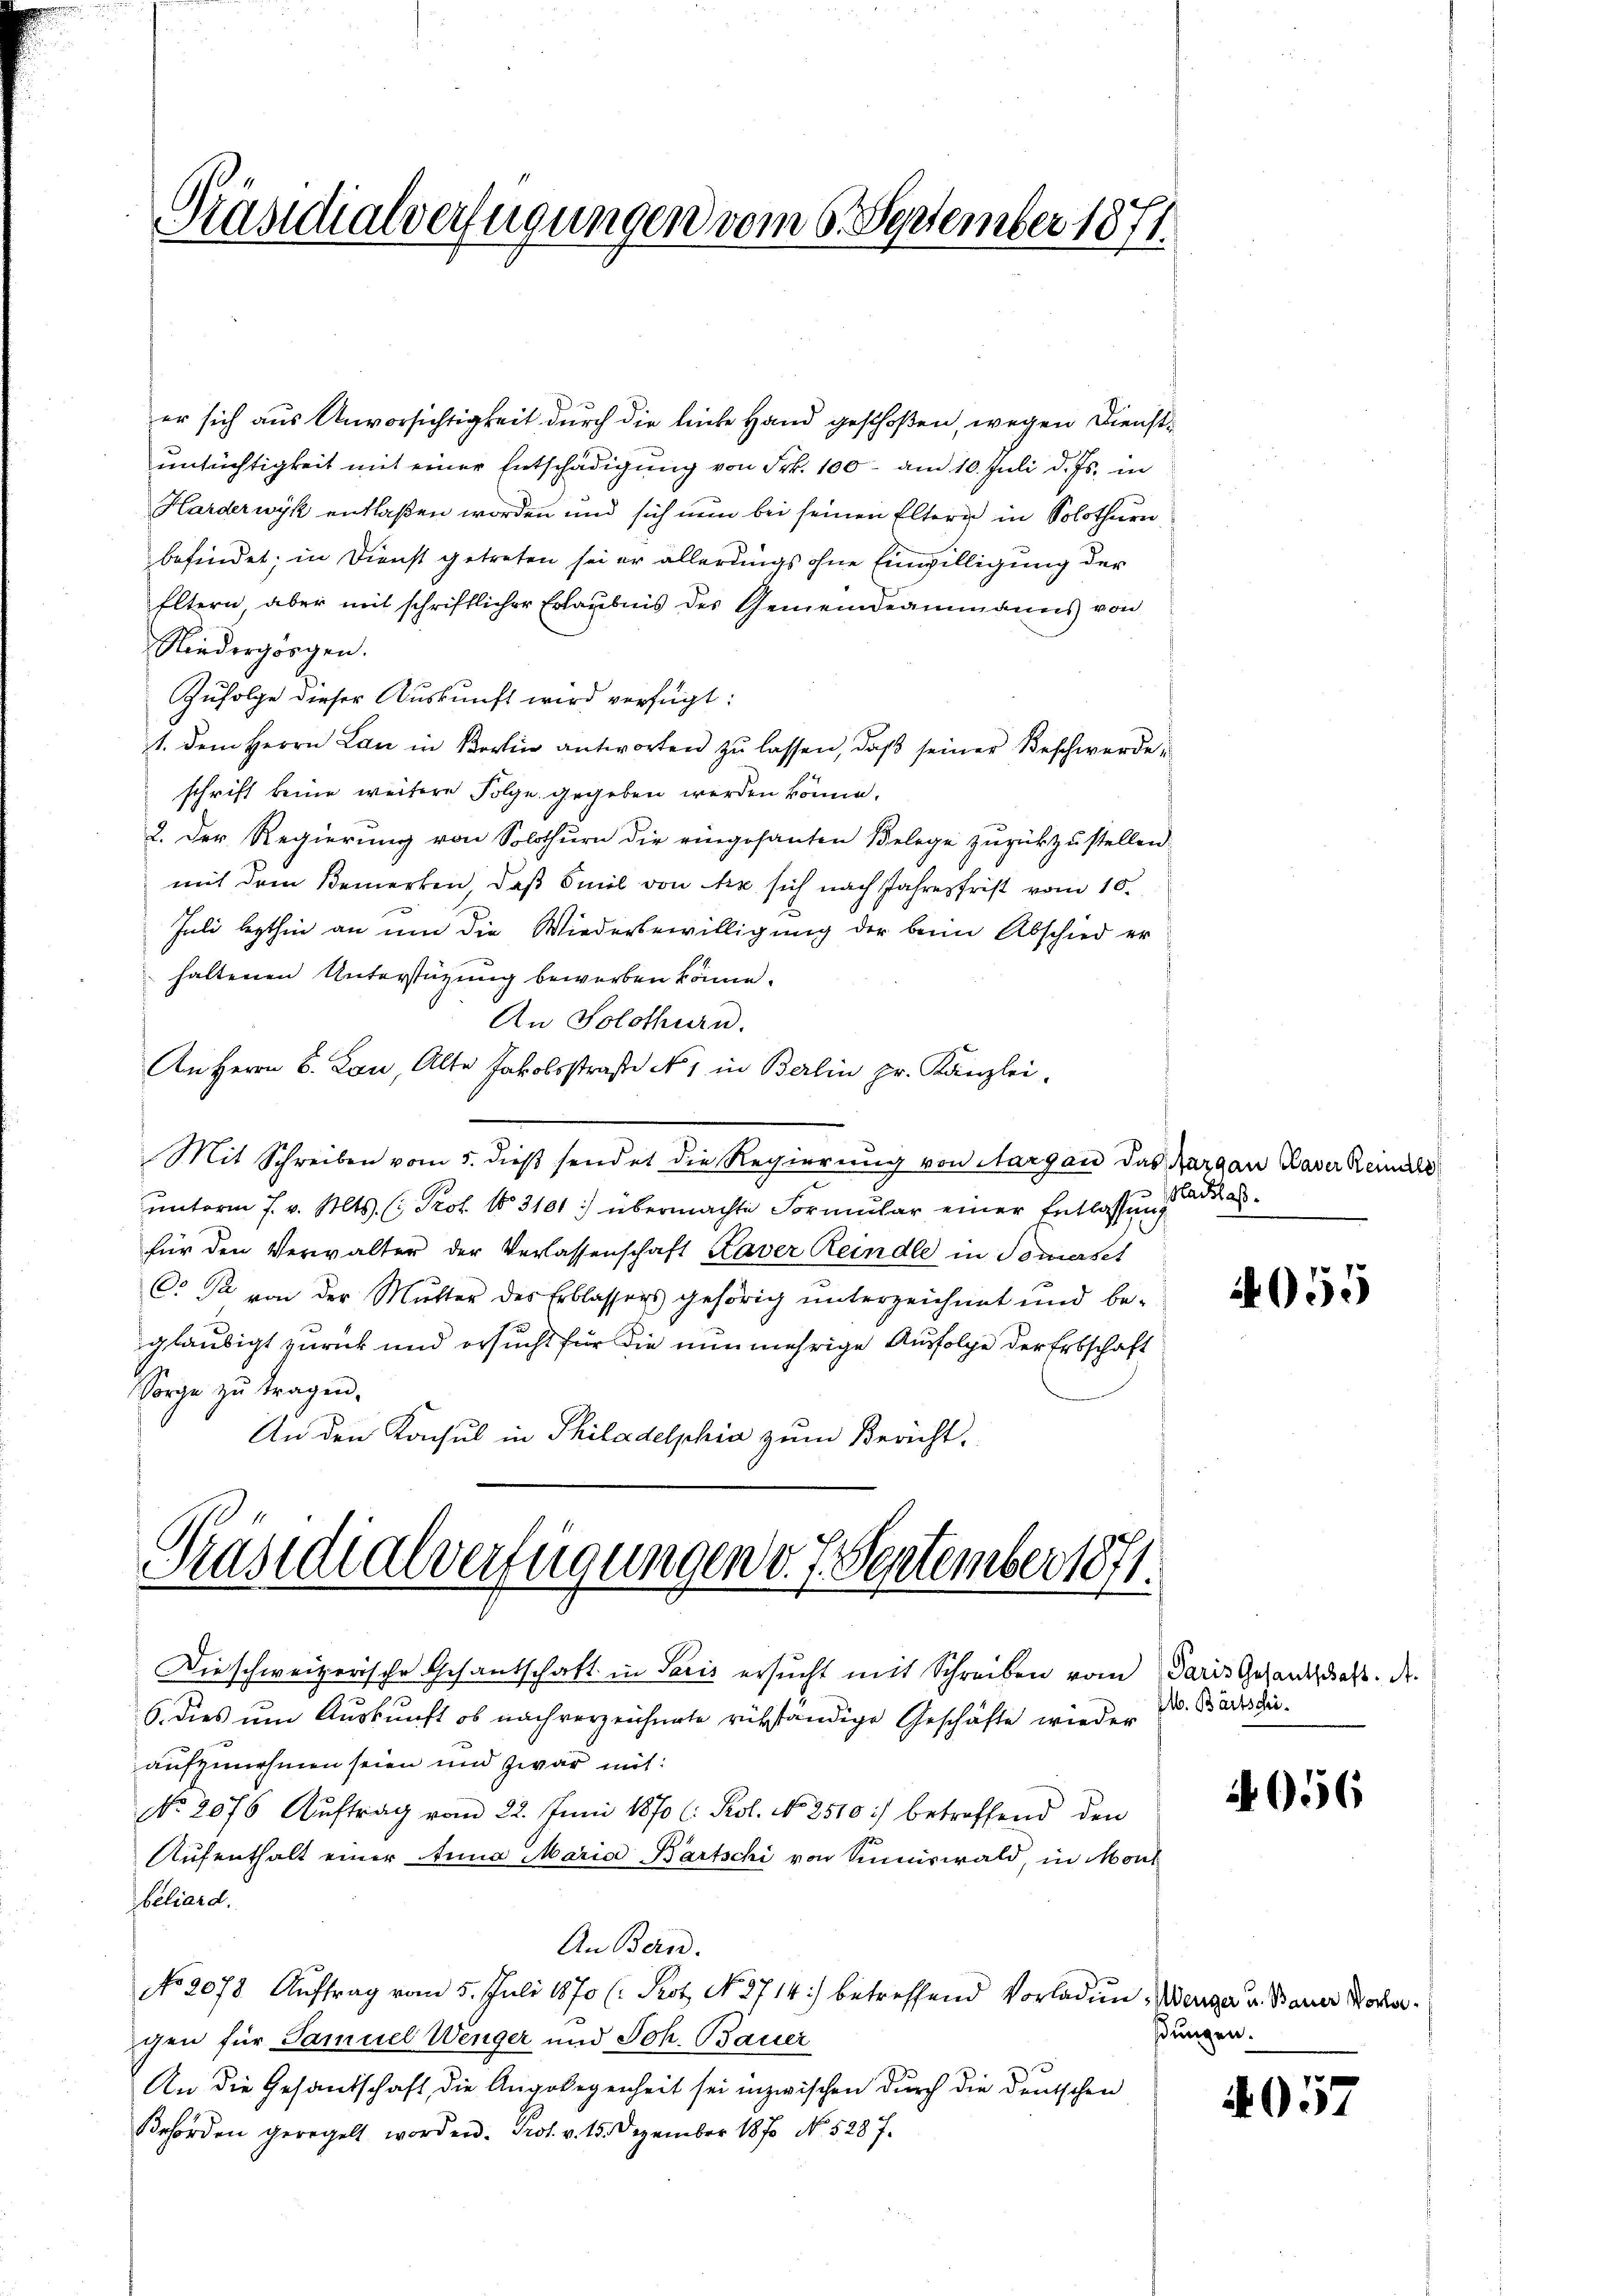
Präsidialverfügungen vom 6. September 1871

er sich aus Unvorsichtigkeit durch die leiche Hand geschoßen, wegen Dienstuntüchtigkeit mit einer Entschädigung von Frk. 100 - am 10. Juli d. Js. in
Harderwyk entlaßen worden und sich nun bei seinen Eltern in Solothurn,
befindet; in Dienst getreten sei er allerdings ohne Einwilligung der
Eltern aber mit schriftlicher Erlaubnis des Gemeindeammanns von
Niedergörgen.
Zufolge dieser Auskunft wird verfügt:
st. Dem Herrn Lan in Korin antworten zŭ lassen, daβ seiner Beschwerde,
schrift keine weitere Folge gegeben werden könne.
2. Der Regierung von Solothurn die eingesanten Belege zurükzustellen.
mit dem Bemerken, daß Emil von de sich nach Jahresfrist vom 10.
Juli lezthin an um die Wiederbewilligung der beim Abschied er
haltenen Unterstüzung bewerben könne.
An Solothurn.
An Herrn B. Lon, Alte Jakobsstraße No 1 in Berlin pr. Kanzlei-
Mit Schreiben vom 5. dieß sendet die Regierung von Aargau das Aargau Kaver Remild
unterm 7. v. Mts. (: Prof. No 3101) übermachte Formular einer Entlassung de
für den Verwalter der Verlassenschaft Kaver Reindle in Somerset
C. Da von der Mutter des Erblassers gehörig unterzeichnet und be-
gläubigt zurück und ersucht für die nunmehrige Ausfolge der Erbschaft
Sorge zŭ tragen.
An den Konsul in Philadelphia zum Bericht.

Präsidialverfügungen v. J. September 1871.

Die schweizerische Gesantschaft in Paris ersucht mit Schreiben vom Paris Gesandtschaft. Dr.
6. dies um Auskunft ob nach vorzeichnete rükständige Geschäfte wieder
aufzunehmen seien und zwar mit:
No. 2076 Aŭftrag vom 22. Juni 1870 l. Kol. No 2510:) betreffend den
Aufenthalt einer Anna Maria Bartschi von Summiswald, in Mont
beliard.
An Bern.
No 2078. Auftrag vom 5. Juli 1870 (Kot. No. 3714) betreffend Vorladen, Wange u. Bauer Kochergen für Samuel Wenger und Joh. Bauer
An die Gesandschaft die Angelegenheit sei inzwischen durch die Deutschen
Behörden geregelt worden. Prot. v. 15. Dezember 1870 No 528 f.

4055

M. Bartschi

1656

stungen.

057